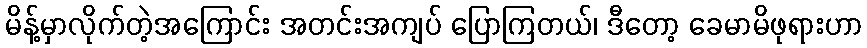
မိန့်မှာလိုက်တဲ့အကြောင်း အတင်းအကျပ် ပြောကြတယ်၊ ဒီတော့ ခေမာမိဖုရားဟာ